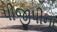
પીજીપીના